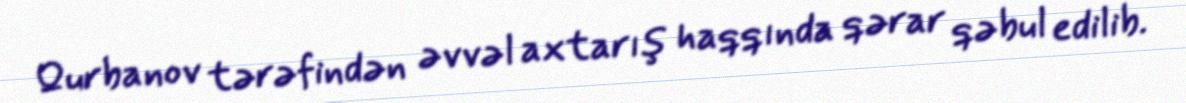
Qurbanov tərəfindən əvvəl axtarış haqqında qərar qəbul edilib.